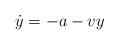
LaTeX: \begin{align*}\dot{y}=-a-vy\end{align*}